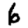
Digit: 6